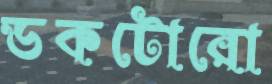
ডকটোরো